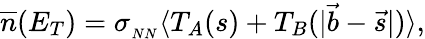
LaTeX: {\overline{{n}}}(E_{T})=\sigma_{{}_{NN}}\langle T_{A}(s)+T_{B}(|\vec{b}-\vec{s}|)\rangle,